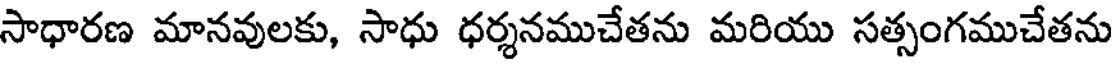
సాధారణ మానవులకు, సాధు ధర్శనముచేతను మరియు సత్సంగముచేతను